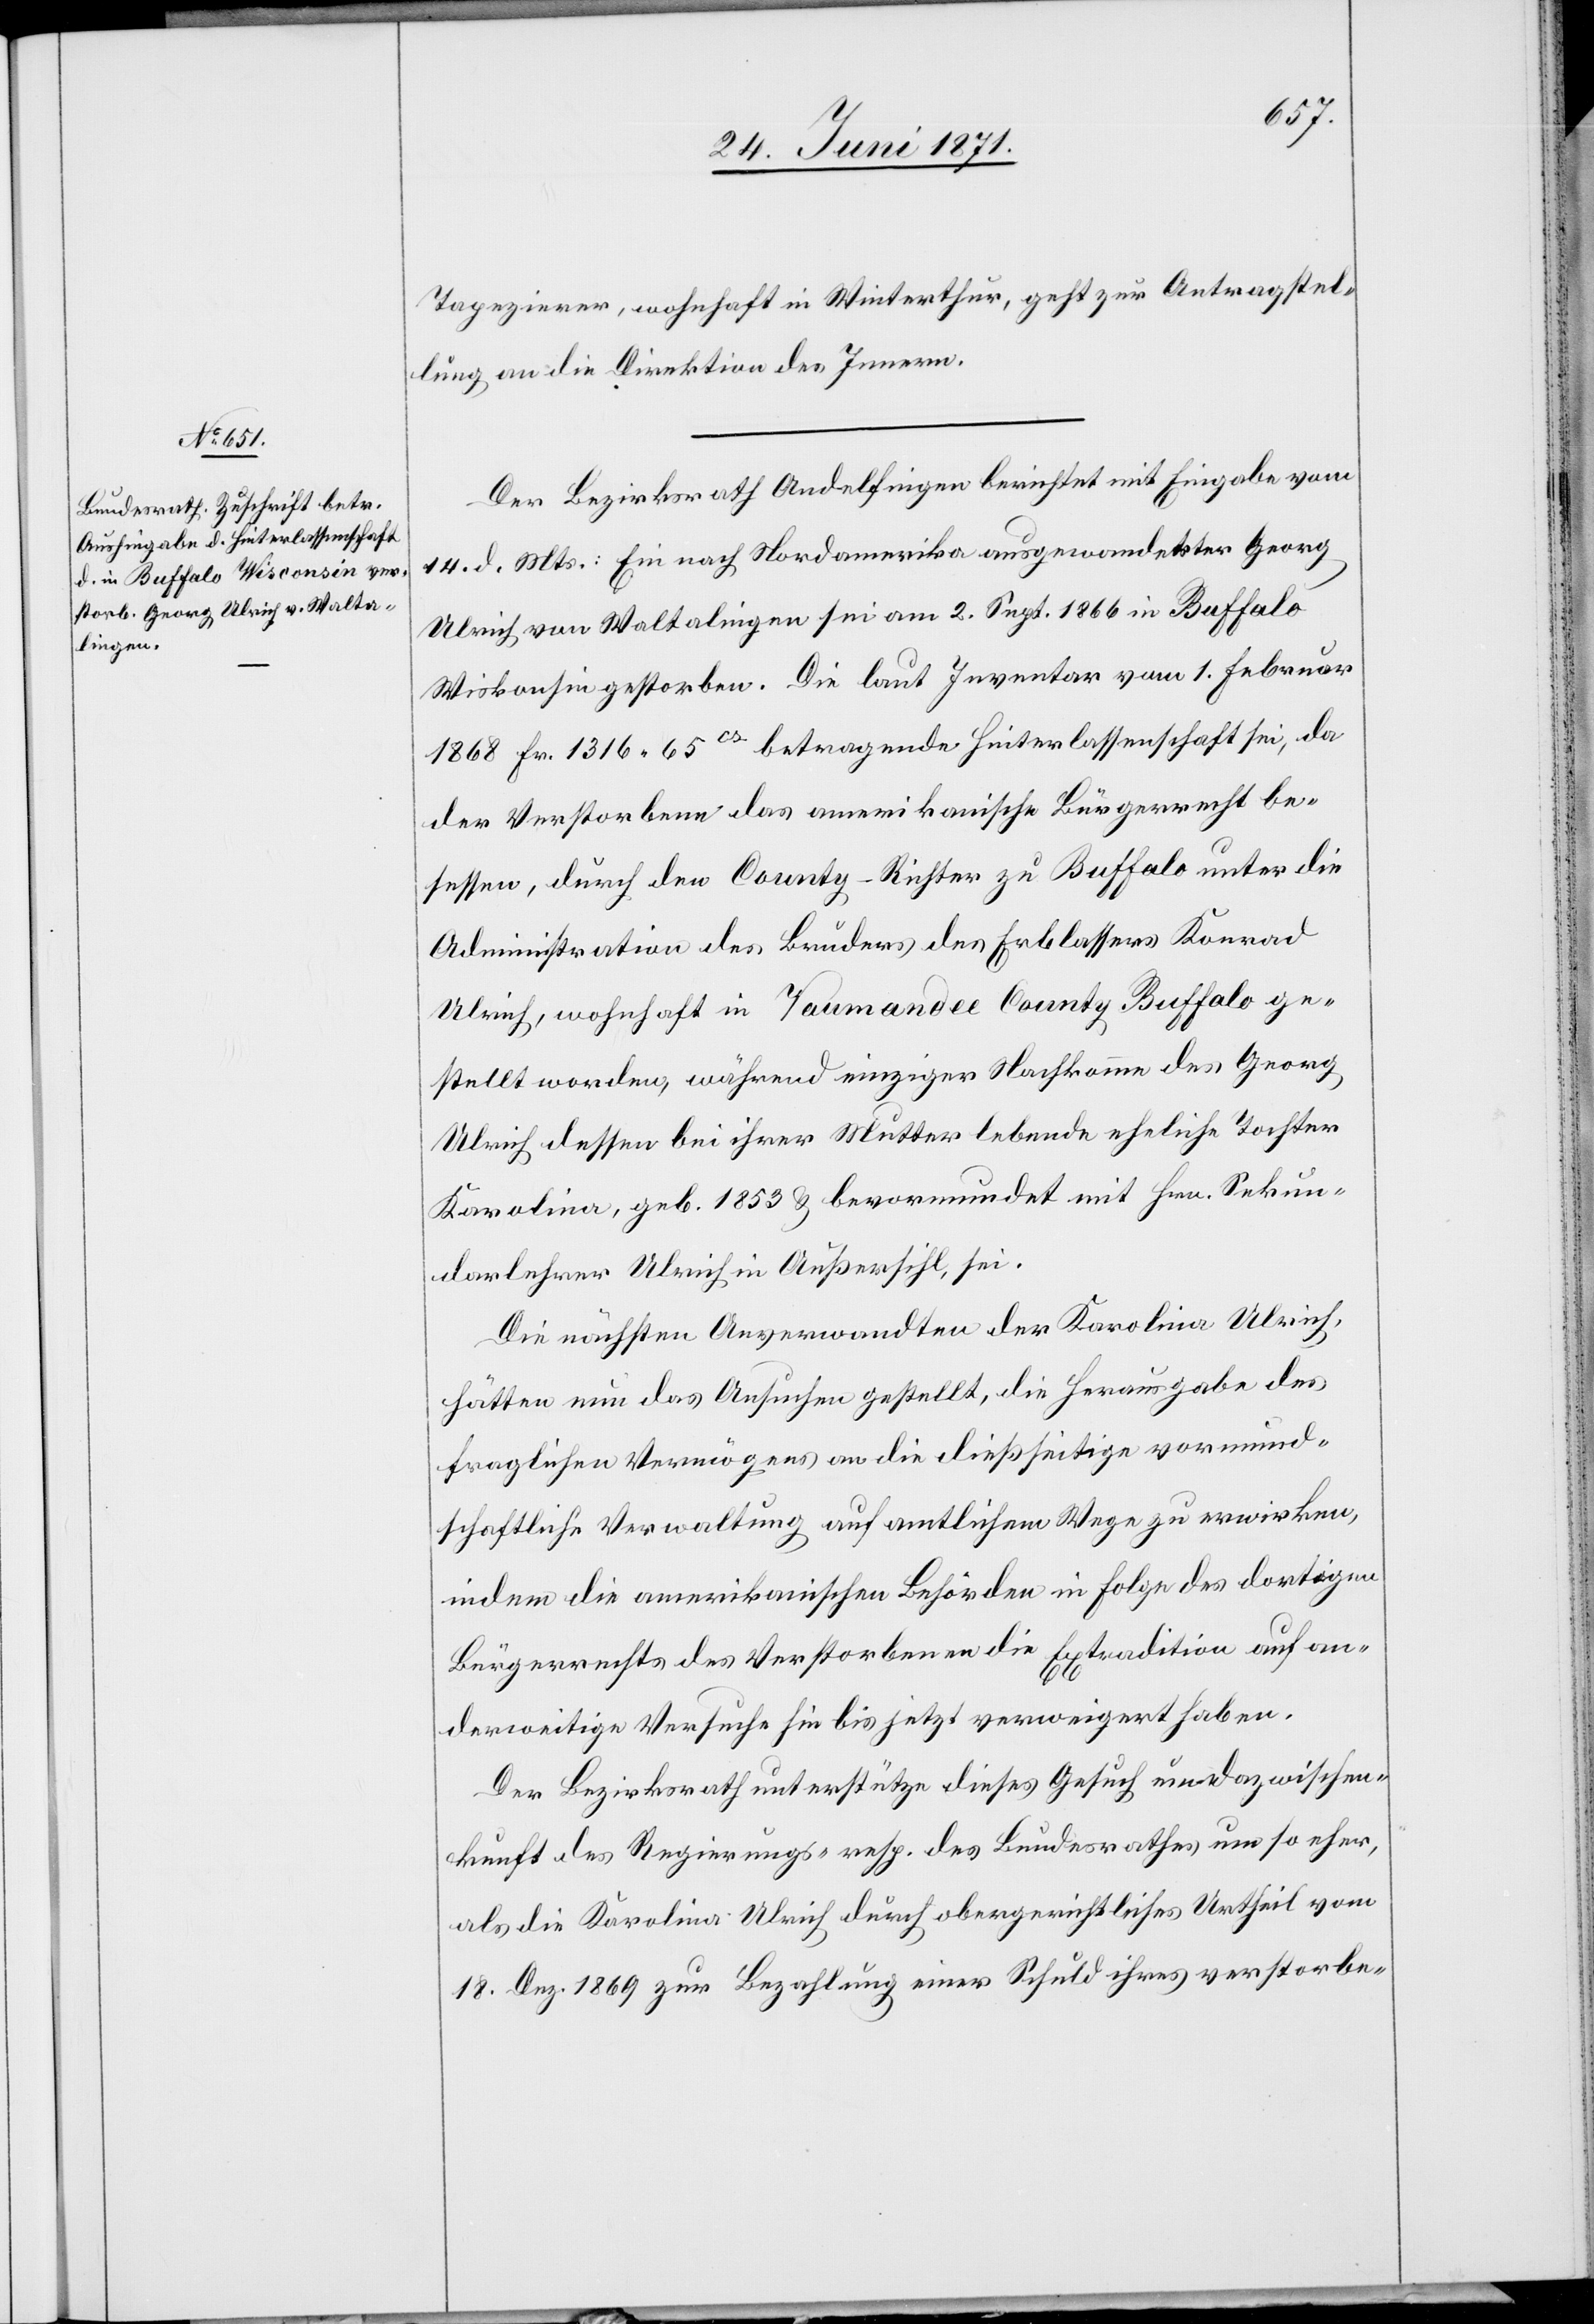
kunft
27. Juni 1871.]
Tapezierer, wohnhaft in Winterthur, geht zur Antragstel¬
lung an die Direktion des Innern.
Der Bezirksrath Andelfingen berichtet mit Eingabe vom
14. d. Mts.: Ein nach Nordamerika ausgewanderter Georg
Ulrich von Waltalingen sei am 2. Sept. 1866 in Buffalo
Wiskonsin gestorben . Die laut Inventar vom 1. Februar
1868 Fr. 1316.65 cs betragende Hinterlassenschaft sei, da
der Verstorbene das amerikanische Bürgerrecht be¬
sessen, durch den County-Richter zu Buffalo unter die
Administration des Bruders des Erblassers Konrad
Ulrich, wohnhaft in Taumandee County Buffalo ge¬
stellt worden, während einziger Nachkomme des Georg
Ulrich dessen bei ihrer Mutter lebende eheliche Tochter
Karolina, geb. 1853 u. bevormundet mit Hrn. Sekun¬
darlehre Ulrich in Außersihl, sei.
Die nächsten Anverwandten der Karolina Ulrich,
hätten nun das Ansuchen gestellt, die Herausgabe des
fraglichen Vermögens an die dießseitige vormund¬
schaftliche Verwaltung auf amtlichem Wege zu erwirken,
indem die amerikanischen Behörden in Folge des dortigen
Bürgerrechtes der Verstorbenen die Extradition auf an¬
derweitige Versuche hin bis jetzt verweigert haben.
Der Bezirksrath unterstütze diese Gesuch um dazwischen¬
[sic!] des Regierungsrathes resp. des Bundesrathes um so eher,
als die Karolina Ulrich durch obergerichtliches Urtheil vom
18. Dez. 1869 zur Bezahlung einer Schuld ihres verstorbe-